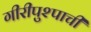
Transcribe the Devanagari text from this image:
गीरीपुश्पाची